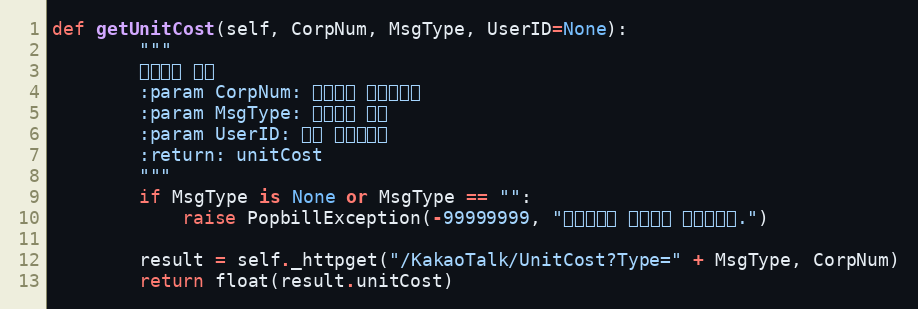
Language: Python
def getUnitCost(self, CorpNum, MsgType, UserID=None):
        """
        전송단가 확인
        :param CorpNum: 팝빌회원 사업자번호
        :param MsgType: 카카오톡 유형
        :param UserID: 팝빌 회원아이디
        :return: unitCost
        """
        if MsgType is None or MsgType == "":
            raise PopbillException(-99999999, "전송유형이 입력되지 않았습니다.")

        result = self._httpget("/KakaoTalk/UnitCost?Type=" + MsgType, CorpNum)
        return float(result.unitCost)